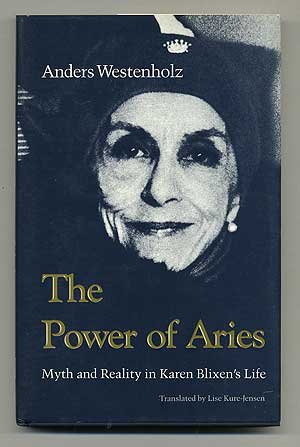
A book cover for The Power of Aries: Myth and Reality in Karen Blixen's Life; Anders Westenholz; Biographies & Memoirs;